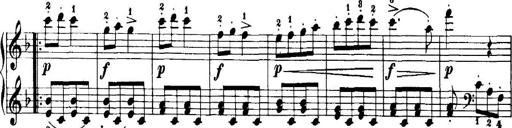
Title: 7 Sonatinas
Composer: Anton Diabelli